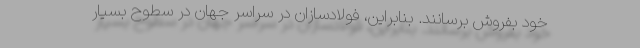
خود بفروش برسانند. بنابراین، فولادسازان در سراسر جهان در سطوح بسیار